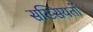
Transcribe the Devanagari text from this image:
सख्सियतों